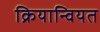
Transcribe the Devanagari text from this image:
क्रियान्वियत